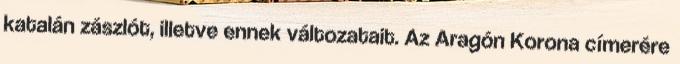
katalán zászlót, illetve ennek változatait. Az Aragón Korona címerére